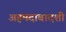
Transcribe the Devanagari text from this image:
अहमदाबादशी